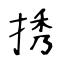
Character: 𢭆